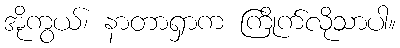
အိုကွယ်၊ နာတာရှာက ကြိုက်လိုသာပါ။